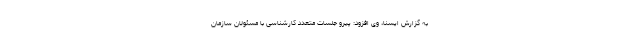
به گزارش ایسنا، وی افزود: پیرو جلسات متعدد کارشناسی با مسئولان سازمان